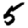
Digit: 5